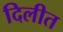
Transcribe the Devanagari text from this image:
दिलीत